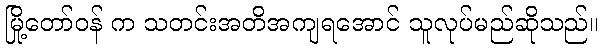
မြို့တော်ဝန် က သတင်းအတိအကျရအောင် သူလုပ်မည်ဆိုသည်။